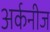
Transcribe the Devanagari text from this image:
अर्कनीज